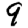
Digit: 9